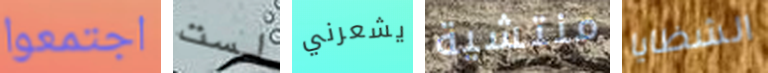
اجتمعوا لست يشعرني منتشية الشظايا